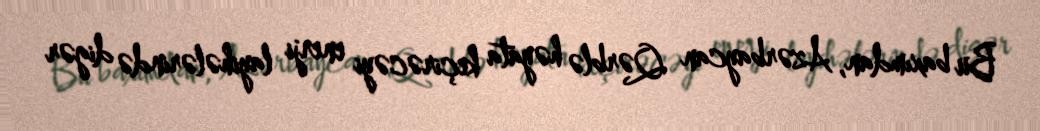
Bu baxımdan, Azərbaycan Qərblə həyata keçirəcəyi enerji layihələrində digər